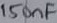
Text: 150nF